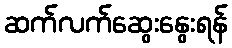
ဆက်လက်ဆွေးနွေးရန်